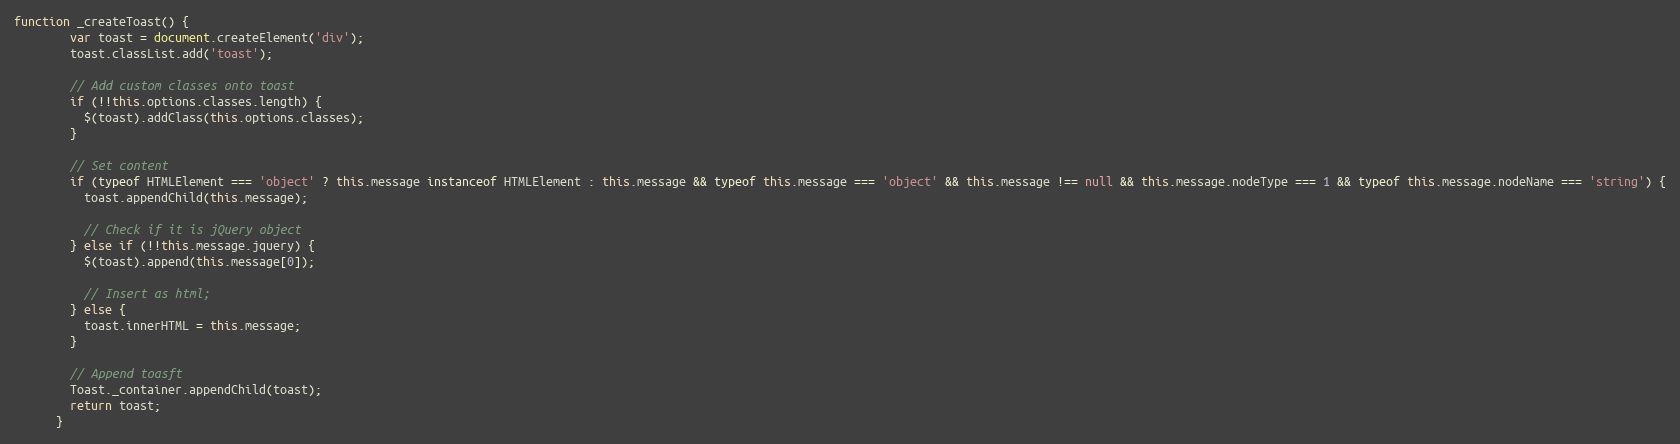
Language: JavaScript
function _createToast() {
        var toast = document.createElement('div');
        toast.classList.add('toast');

        // Add custom classes onto toast
        if (!!this.options.classes.length) {
          $(toast).addClass(this.options.classes);
        }

        // Set content
        if (typeof HTMLElement === 'object' ? this.message instanceof HTMLElement : this.message && typeof this.message === 'object' && this.message !== null && this.message.nodeType === 1 && typeof this.message.nodeName === 'string') {
          toast.appendChild(this.message);

          // Check if it is jQuery object
        } else if (!!this.message.jquery) {
          $(toast).append(this.message[0]);

          // Insert as html;
        } else {
          toast.innerHTML = this.message;
        }

        // Append toasft
        Toast._container.appendChild(toast);
        return toast;
      }